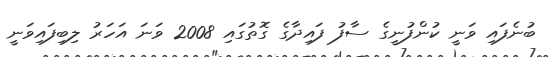
ބުނެފައި ވަނީ ކުންފުނީގެ ސާފު ފައިދާގެ ގޮތުގައި 2008 ވަނަ އަހަރު ލިބިފައިވަނީ